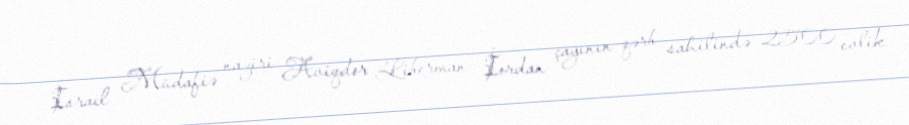
İsrail Müdafiə naziri Aviqdor Liberman İordan çayının qərb sahilində 2500 evlik